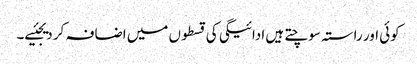
کوئی اور راستہ سوچتے ہیں ادائیگی کی قسطوں میں اضافہ کر دیجئیے۔